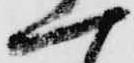
一